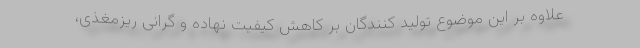
علاوه بر این موضوع تولید کنندگان بر کاهش کیفیت نهاده و گرانی ریزمغذی،